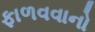
ફાળવવાનો